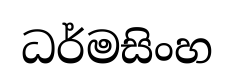
ධර්මසිංහ